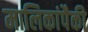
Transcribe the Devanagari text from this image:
मालिकांपैकी